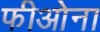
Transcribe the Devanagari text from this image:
फीओना